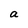
Character: a